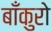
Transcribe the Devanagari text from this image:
बाँकुरो